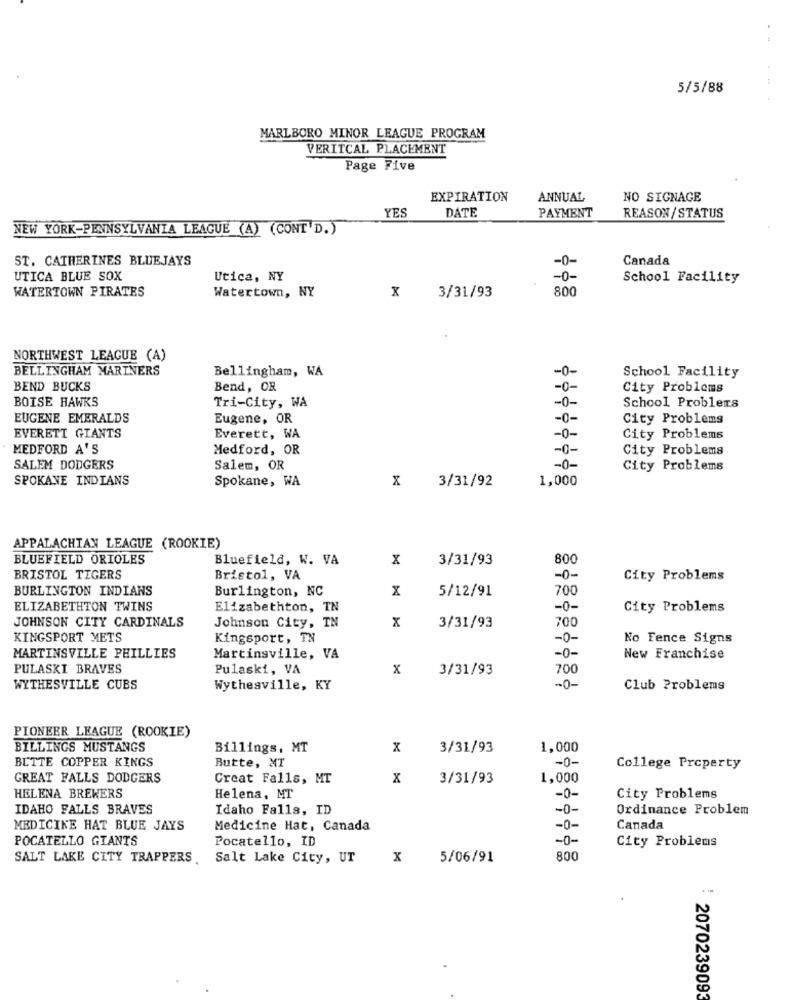
5/5/88
MARLBORO MINOR LEAGUE PROGRAM
VERITCAL PLACEMENT
Page Five
EXPIRATION
ANNUAL
NO SIGNAGE
YES
DATE
PAYMENT
REASON/STATUS
NEW YORK-PENNSYLVANIA LEAGUE (A) (CONT'D.)
ST. CATHERINES BLUEJAYS
Canada
-0-
UTICA BLUE SOX
Utica, NY
- 0 -
School Facility
WATERTOWN PIRATES
Watertown, NY
x
3/31/93
800
NORTHWEST LEAGUE (A)
BELLINGHAM MARINERS
Bellingham, WA
-0-
School Facility
BEND BUCKS
Bend, OR
-0-
City Problems
BOISE HAWKS
Tri-City, WA
-0-
School Problems
EUGENE EMERALDS
Eugene, OR
-0-
City Problems
EVERETT GIANTS
Everett, WA
-0-
City Problems
MEDFORD A'S
Medford, OR
-0-
City Problems
SALEM DODGERS
Salem, OR
-0-
City Problems
SPOKANE INDIANS
Spokane, WA
x
3/31/92
1,000
APPALACHIAN LEAGUE (ROOKIE)
BLUEFIELD ORIOLES
Bluefield, W. VA
x
3/31/93
800
BRISTOL TIGERS
Bristol, VA
-0-
City Problems
BURLINGTON INDIANS
Burlington, NC
x
5/12/91
700
ELIZABETHTON TWINS
Elizabethton, TN
-0-
City Problems
JOHNSON CITY CARDINALS
Johnson City, TN
x
3/31/93
700
KINGSPORT METS
Kingsport, TN
-0-
No Fence Signs
MARTINSVILLE PHILLIES
Martinsville, VA
-0-
New Franchise
PULASKI BRAVES
Pulaski, VA
x
3/31/93
700
WYTHESVILLE CUBS
Wythesville, KY
-0-
Club Problems
PIONEER LEAGUE (ROOKIE)
BILLINGS MUSTANGS
Billings, MT
x
3/31/93
1,000
BUTTE COPPER KINGS
Butte, MT
-0-
College Property
GREAT FALLS DODGERS
Creat Falls, MT
x
3/31/93
1,000
HELENA BREWERS
Helena, MT
-0-
City Problems
IDAHO FALLS BRAVES
Idaho Falls, ID
-0-
Ordinance Problem
-0-
MEDICINE HAT BLUE JAYS
Medicine Hat, Canada
Canada
POCATELLO GIANTS
Pocatello, ID
-0-
City Problems
SALT LAKE CITY TRAPPERS
Salt Lake City, UT
X
5/06/91
800
: 2070239093